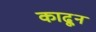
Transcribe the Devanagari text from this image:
काढू्न